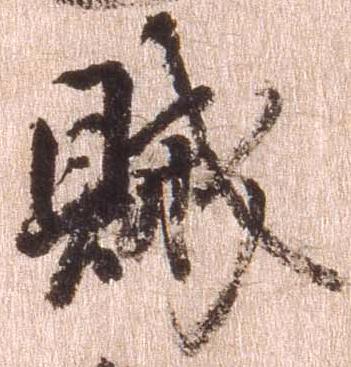
賊